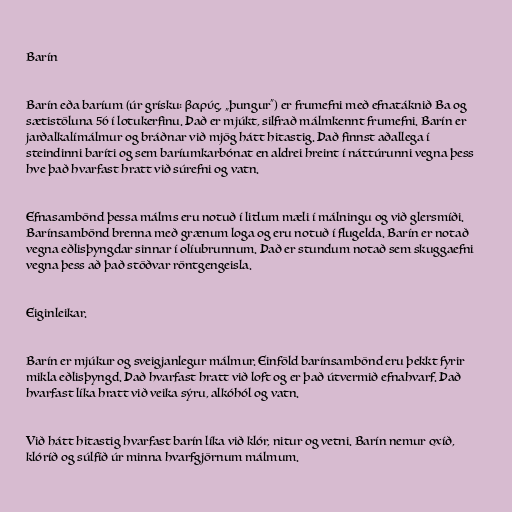
Barín

Barín eða baríum (úr grísku: βαρύς, „þungur“) er frumefni með efnatáknið Ba og
sætistöluna 56 í lotukerfinu. Það er mjúkt, silfrað málmkennt frumefni. Barín er
jarðalkalímálmur og bráðnar við mjög hátt hitastig. Það finnst aðallega í
steindinni baríti og sem baríumkarbónat en aldrei hreint í náttúrunni vegna þess
hve það hvarfast hratt við súrefni og vatn.

Efnasambönd þessa málms eru notuð í litlum mæli í málningu og við glersmíði.
Barínsambönd brenna með grænum loga og eru notuð í flugelda. Barín er notað
vegna eðlisþyngdar sinnar í olíubrunnum. Það er stundum notað sem skuggaefni
vegna þess að það stöðvar röntgengeisla.

Eiginleikar.

Barín er mjúkur og sveigjanlegur málmur. Einföld barínsambönd eru þekkt fyrir
mikla eðlisþyngd. Það hvarfast hratt við loft og er það útvermið efnahvarf. Það
hvarfast líka hratt við veika sýru, alkóhól og vatn.

Við hátt hitastig hvarfast barín líka við klór, nitur og vetni. Barín nemur oxíð,
klóríð og súlfíð úr minna hvarfgjörnum málmum.